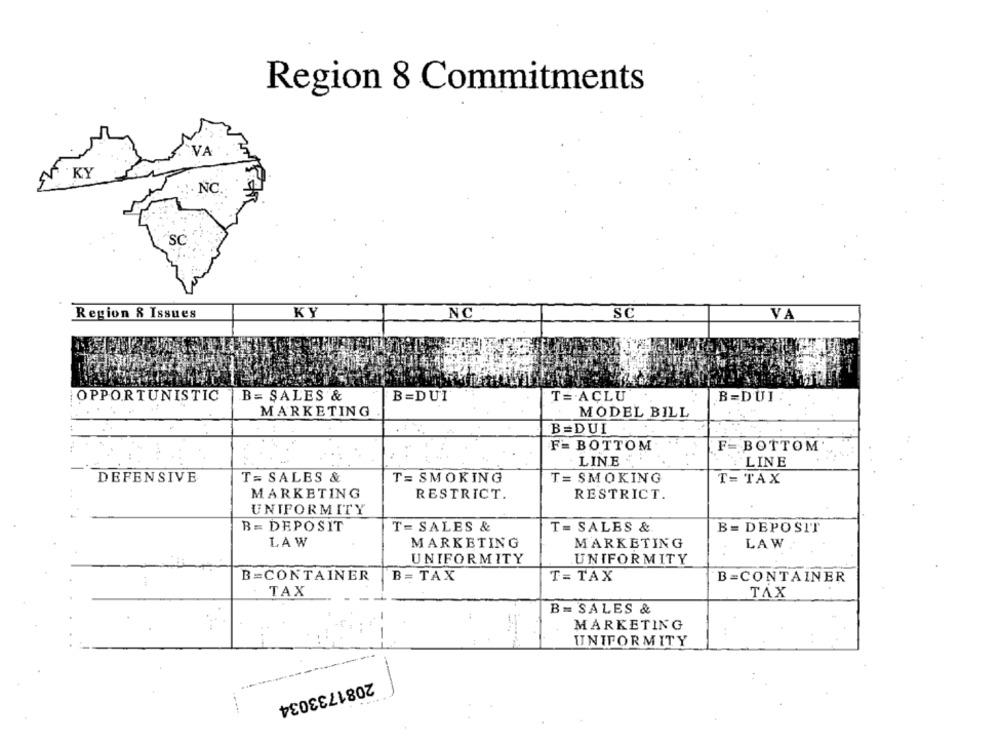
Region 8 Commitments
"VA
KY
NC.
SC
Region & Issues
KY
NC
SC
VA
OPPORTUNISTIC
B= SALES &
B=DUI
T= ACLU
B=DUI
MARKETING
MODEL BILL
B=DUI
F= BOTTOM
F= BOTTOM
LINE
LINE
DEFENSIVE
T= SALES &
T= SMOKING
T= SMOKING
T= TAX
MARKETING
RESTRICT.
RESTRICT.
UNIFORMITY
B = DEPOSIT
T= SALES &
T= SALES &
B= DEPOSIT
LAW
MARKETING
MARKETING
LAW
UNIFORMITY
UNIFORMITY
B=CONTAINER
B= TAX
T= TAX
B=CONTAINER
TAX
TAX
B = SALES &
MARKETING
UNIFORMITY
-
2081733034